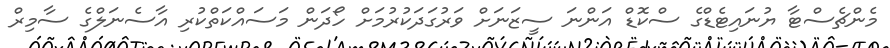
މެންޗެސްޓާ ޔުނައިޓެޑްގެ ސްކޮޑް އަންނަ ސީޒަނަށް ވަރުގަދަކުރުމަށް ހޯދަން މަސައްކަތްކުރި އާސެނަލްގެ ސާމިރް